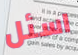
اسئل